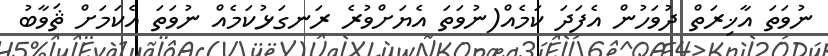
ނުވަތަ އާޚިރަތް ދުވަހުން އެފަދަ ކަމެއް(ނުވަތަ އެޔަށްވުރެ ރަނގަޅުކަމެއް ނުވަތަ އެކަމަށް ޘަވާބު